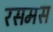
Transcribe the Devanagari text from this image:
रसमस